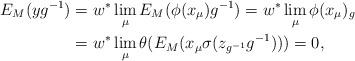
LaTeX: \begin{align*}E_M(yg^{-1})&=w^*\lim_\mu E_M(\phi(x_\mu)g^{-1})=w^*\lim_\mu \phi(x_\mu)_g\\&=w^*\lim_\mu \theta(E_M(x_\mu \sigma(z_{g^{-1}}g^{-1})))=0,\end{align*}